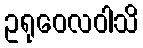
ဥရုဝေလဝါသိ